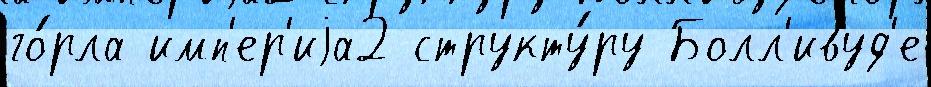
го́рла имп'ер'иjа2 структу́ру Болл'ивуд'е